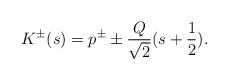
LaTeX: \begin{align*}K^{\pm}(s)=p^{\pm} \pm\frac{Q}{\sqrt{2}}(s+\frac{1}{2}).\end{align*}